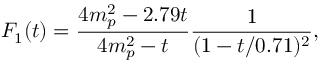
F _ { 1 } ( t ) = \frac { 4 m _ { p } ^ { 2 } - 2 . 7 9 t } { 4 m _ { p } ^ { 2 } - t } \frac { 1 } { ( 1 - t / 0 . 7 1 ) ^ { 2 } } ,